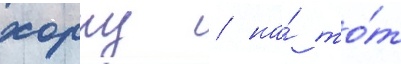
хорну / на́ то́т